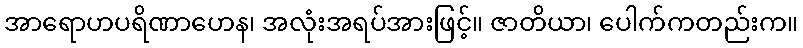
အာရောဟပရိဏာဟေန၊ အလုံးအရပ်အားဖြင့်။ ဇာတိယာ၊ ပေါက်ကတည်းက။